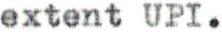
extent UPI.